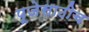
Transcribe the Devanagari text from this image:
पूजेसाठीच